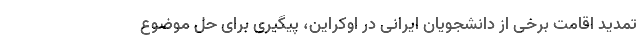
تمدید اقامت برخی از دانشجویان ایرانی در اوکراین، پیگیری برای حل موضوع